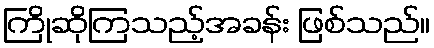
ကြိုဆိုကြသည့်အခန်း ဖြစ်သည်။